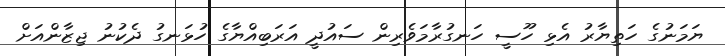
ޔަމަނުގެ ހަތިޔާރު އެޅި ހޫސީ ހަނގުރާމަވެރިން ސައުދީ އަރަބިއްޔާގެ ހުޅަނގު ދެކުނު ޖިޒާންއަށް